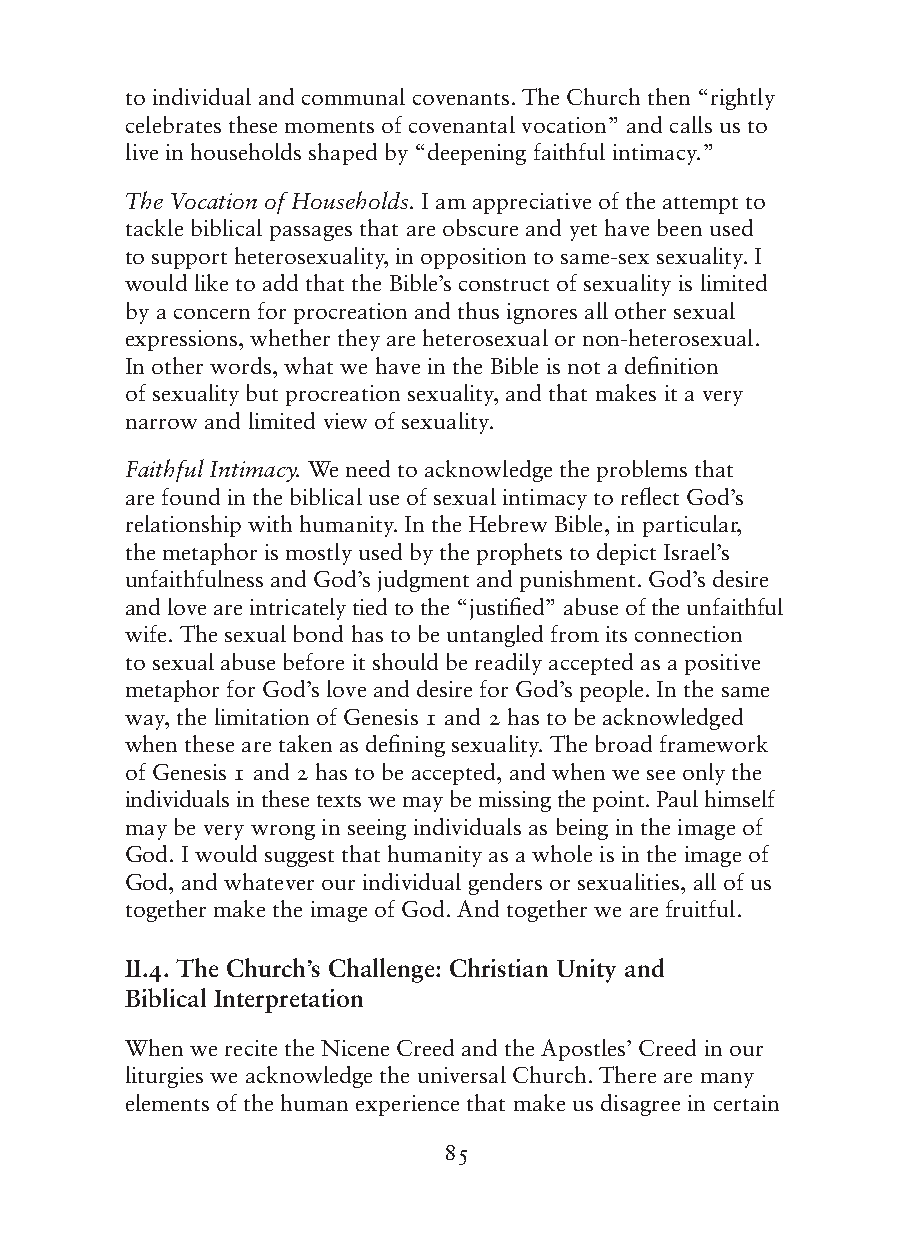
to individual and communal covenants. The Church then “rightly
 celebrates these moments of covenantal vocation” and calls us to
 live in households shaped by “deepening faithful intimacy.”
 The Vocation of Households. I am appreciative of the attempt to
 tackle biblical passages that are obscure and yet have been used
 to support heterosexuality, in opposition to same-sex sexuality. I
 would like to add that the Bible’s construct of sexuality is limited
 by a concern for procreation and thus ignores all other sexual
 expressions, whether they are heterosexual or non-heterosexual.
 In other words, what we have in the Bible is not a definition
 of sexuality but procreation sexuality, and that makes it a very
 narrow and limited view of sexuality.
 Faithful Intimacy. We need to acknowledge the problems that
 are found in the biblical use of sexual intimacy to reflect God’s
 relationship with humanity. In the Hebrew Bible, in particular,
 the metaphor is mostly used by the prophets to depict Israel’s
 unfaithfulness and God’s judgment and punishment. God’s desire
 and love are intricately tied to the “justified” abuse of the unfaithful
 wife. The sexual bond has to be untangled from its connection
 to sexual abuse before it should be readily accepted as a positive
 metaphor for God’s love and desire for God’s people. In the same
 way, the limitation of Genesis 1 and 2 has to be acknowledged
 when these are taken as defining sexuality. The broad framework
 of Genesis 1 and 2 has to be accepted, and when we see only the
 individuals in these texts we may be missing the point. Paul himself
 may be very wrong in seeing individuals as being in the image of
 God. I would suggest that humanity as a whole is in the image of
 God, and whatever our individual genders or sexualities, all of us
 together make the image of God. And together we are fruitful.
 II.4. The Church’s Challenge: Christian Unity and
 Biblical Interpretation
 When we recite the Nicene Creed and the Apostles’ Creed in our
 liturgies we acknowledge the universal Church. There are many
 elements of the human experience that make us disagree in certain
 85